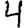
Digit: 4